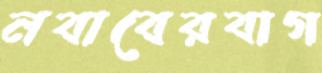
নবাবেরবাগ